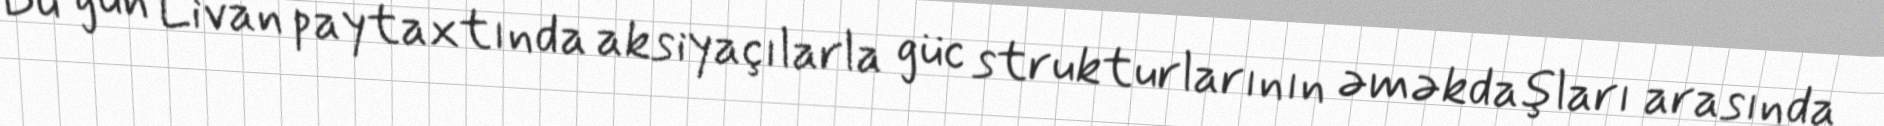
Bu gün Livan paytaxtında aksiyaçılarla güc strukturlarının əməkdaşları arasında